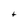
Character: t